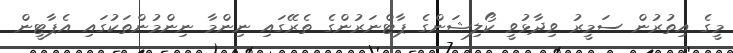
މީގެ އިތުރުން ސަމީރު ވިދާޅުވީ ކޯލިޝަންގެ ޕާޓްނަރުންގެ ތެރޭގައި ނިންމާ ނިންމުންތަކުގައި އެޕާޓީން